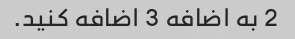
2 به اضافه 3 اضافه کنید.